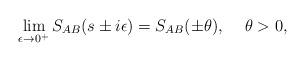
LaTeX: \begin{align*}\lim_{\epsilon \rightarrow 0^+} S_{AB}(s \pm i\epsilon)=S_{AB}(\pm \theta), \,\,\,\,\,\,\,\theta>0,\end{align*}